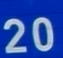
20